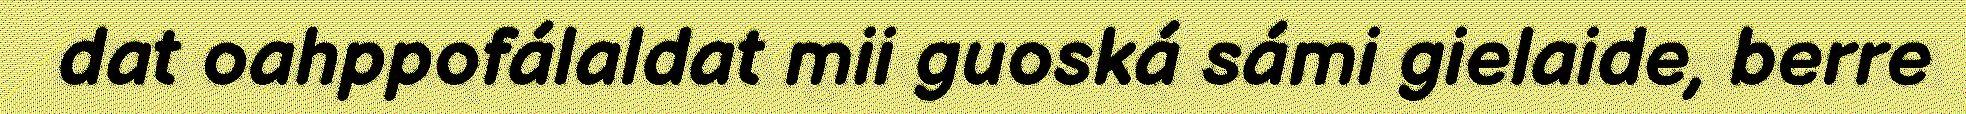
dat oahppofálaldat mii guoská sámi gielaide, berre